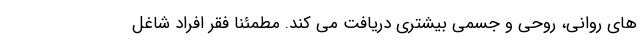
های روانی، روحی و جسمی بیشتری دریافت می کند. مطمئناً فقر افراد شاغل